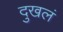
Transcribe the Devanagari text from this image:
दुखलं